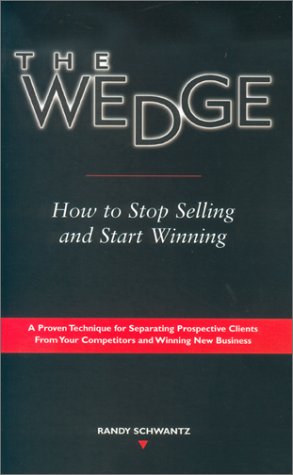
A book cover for The Wedge: How to Stop Selling and Start Winning; Randy Schwantz; Business & Money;